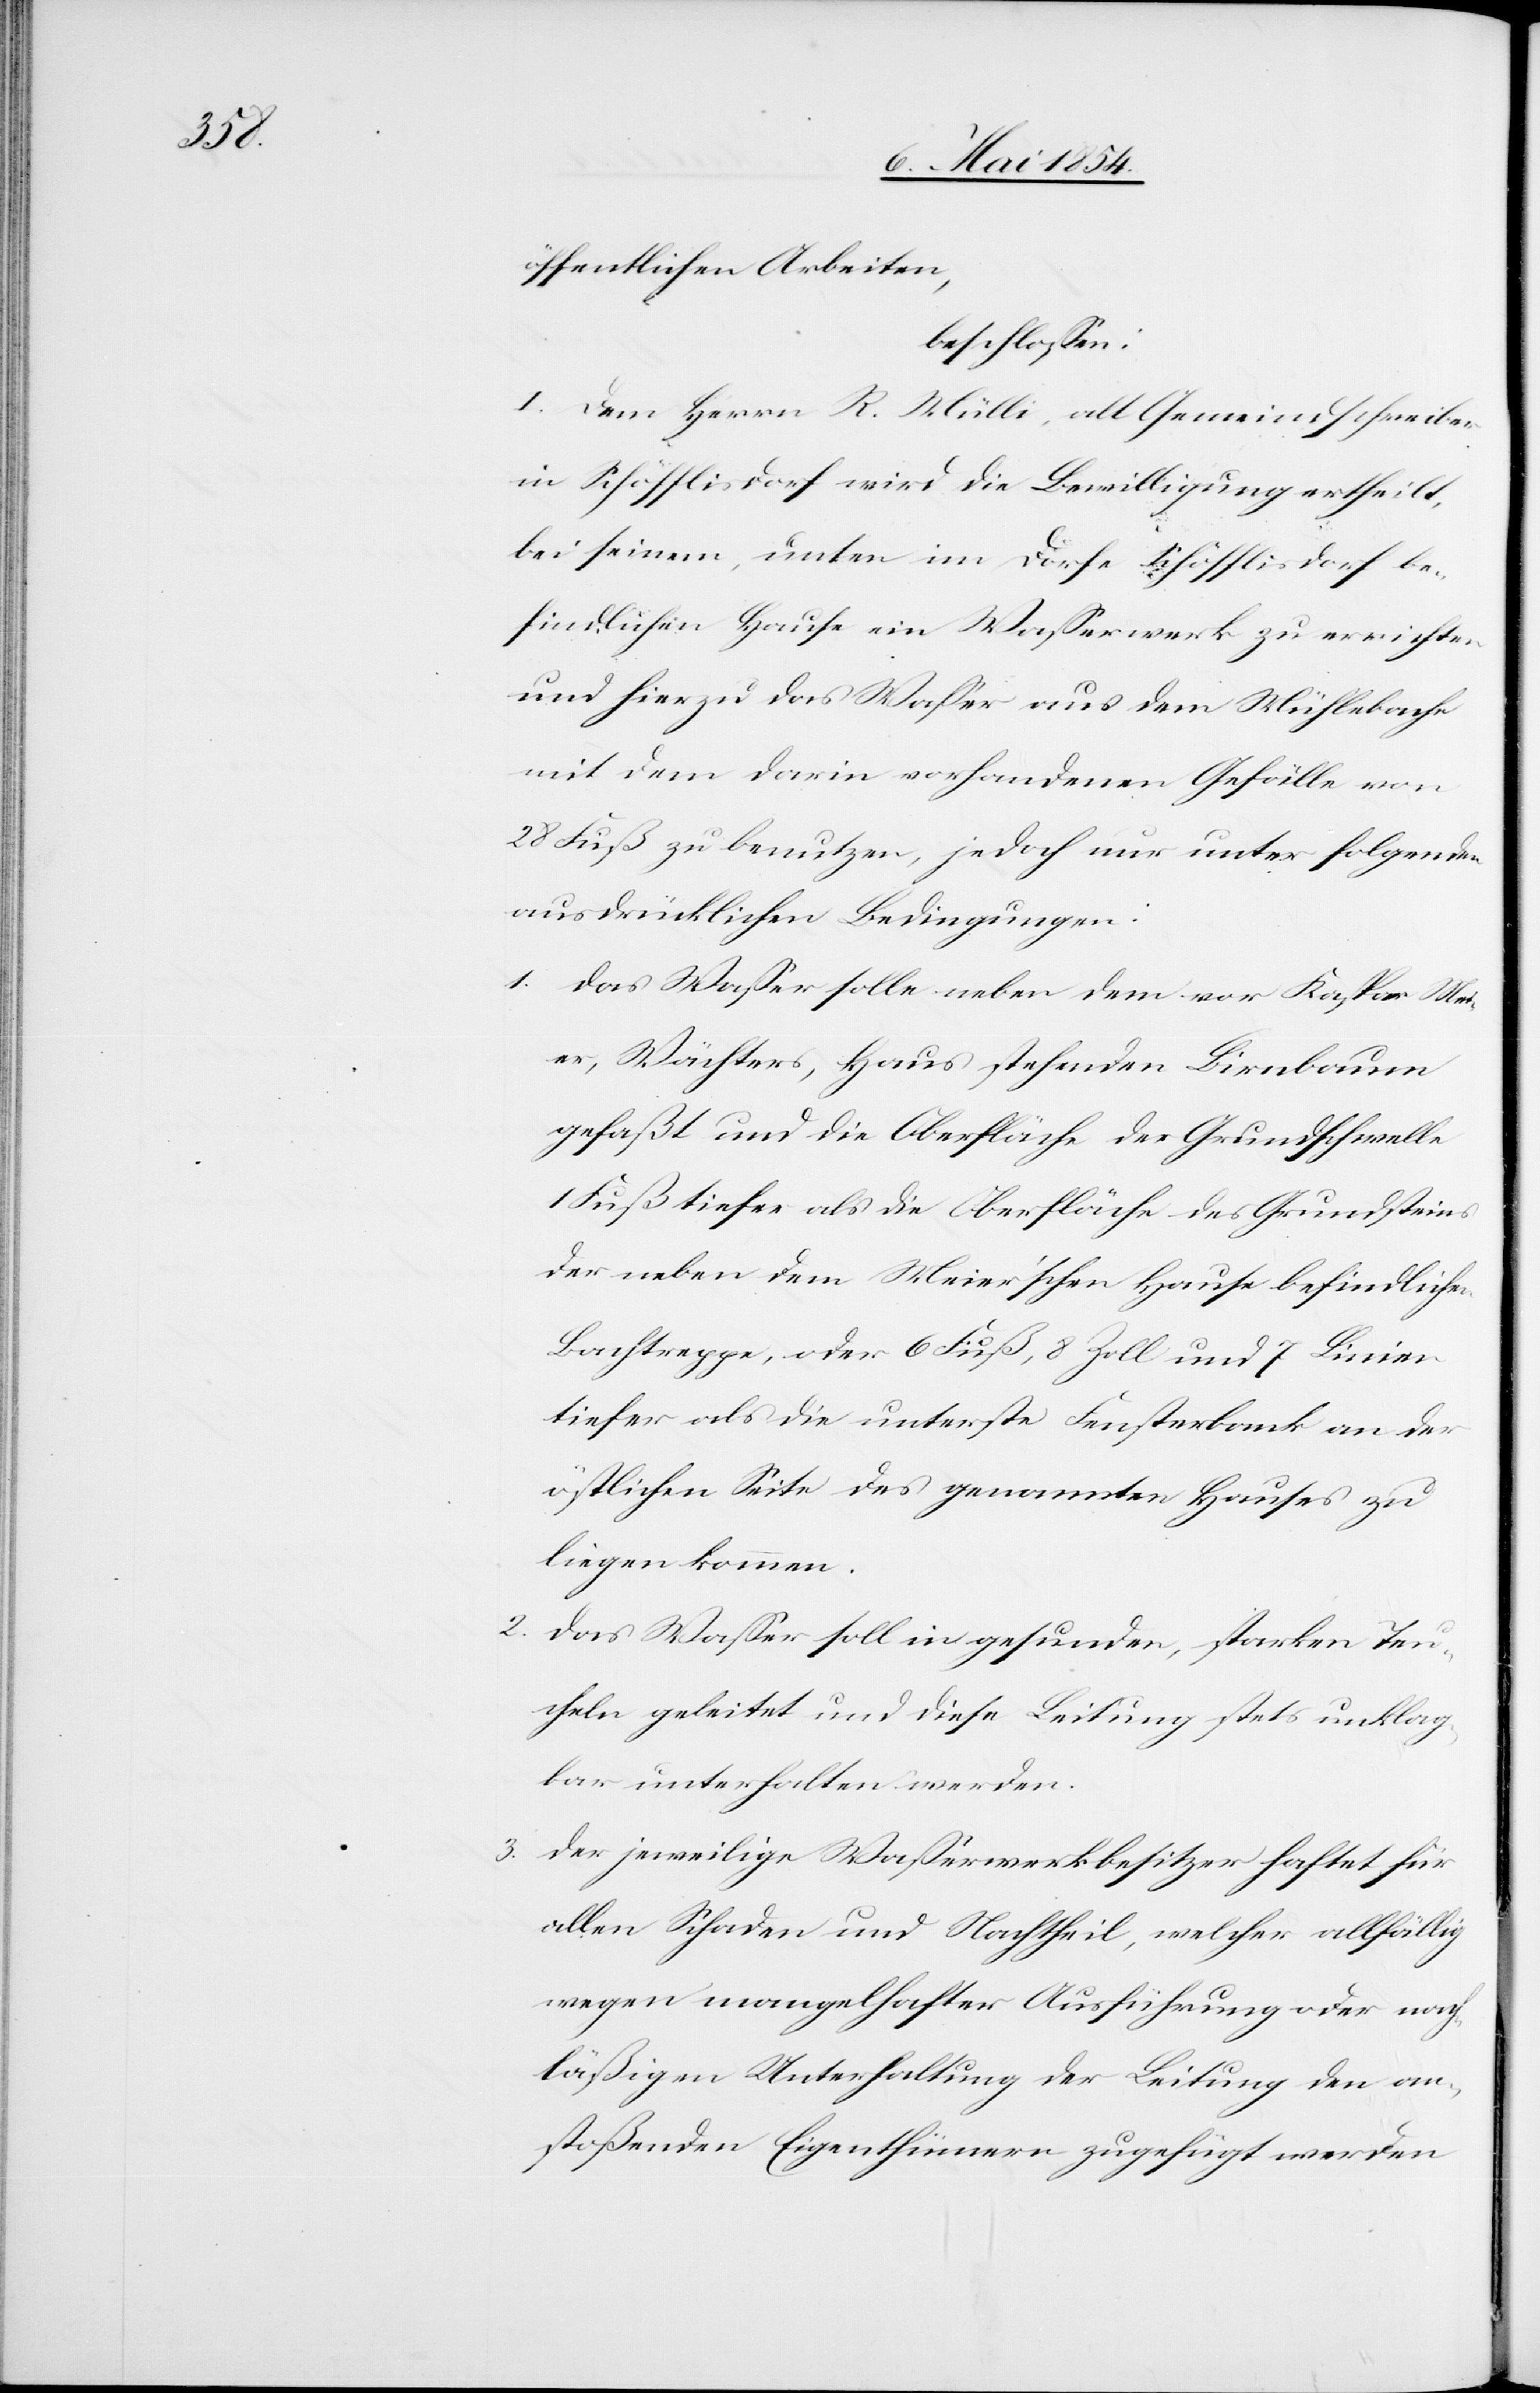
öffentlichen Arbeiten,
beschloßen:
I. Dem Herrn R. Mülli, alt Gemeindschreiber
in Schöfflisdorf wird die Bewilligung ertheilt,
bei seinem, unten im Dorfe Schöfflisdorf be¬
findlichen Hause ein Waßerwerk zu errichten
und hiezu das Waßer aus dem Mühlebache
mit dem darin vorhandenen Gefalle von
28 Fuß zu benutzen, jedoch nur unter folgenden
ausdrücklichen Bedingungen:
1. Das Waßer solle neben dem vor Kaspar Mei¬
er, Wächters, Haus stehenden Birnbaum
gefaßt und die Oberfläche der Grundschwelle
1 Fuß tiefer als die Oberfläche des Grundsteins
der neben dem Meier’schen Hause befindlichen
Bachtreppe, oder 6 Fuß, 8 Zoll und 7 Linien
tiefer als die unterste Fensterbank an der
östlichen Seite des genannten Hauses zu
liegen kommen.
2.
Das Waßer soll in gesunden, starken Teu¬
cheln geleitet und diese Leitung stets unklag¬
bar unterhalten werden.
3. Der jeweilige Waßerwerksbesitzer haftet für
allen Schaden und Nachtheil, welcher allfällig
wegen mangelhafter Ausführung oder nach¬
läßigen Unterhaltung der Leitung den an¬
stoßenden Eigenthümern zugefügt werden